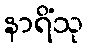
နာရိံသု